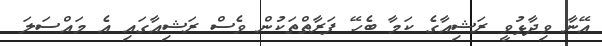
އޭނާ ވިދާޅުވީ ރަޝިއާގެ ކަމާ ބެހޭ ފަރާތްތަކުން ވެސް ރަޝިއާގައި އެ މައްސަލަ